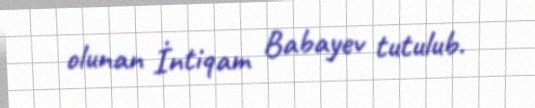
olunan İntiqam Babayev tutulub.